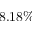
8 . 1 8 \%